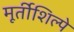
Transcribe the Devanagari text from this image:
मूर्तीशिल्पे